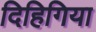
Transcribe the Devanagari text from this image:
दिहिगिया